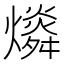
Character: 𤐪